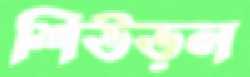
শিউড়ল